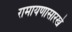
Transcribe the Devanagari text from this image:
रामायणासारखे